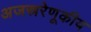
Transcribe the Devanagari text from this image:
अजस्ररेणूकीय